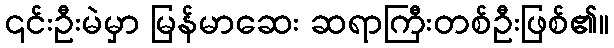
၎င်းဦးမဲမှာ မြန်မာဆေး ဆရာကြီးတစ်ဦးဖြစ်၏။